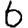
Digit: 6